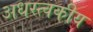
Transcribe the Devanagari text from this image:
अधस्त्वकीय